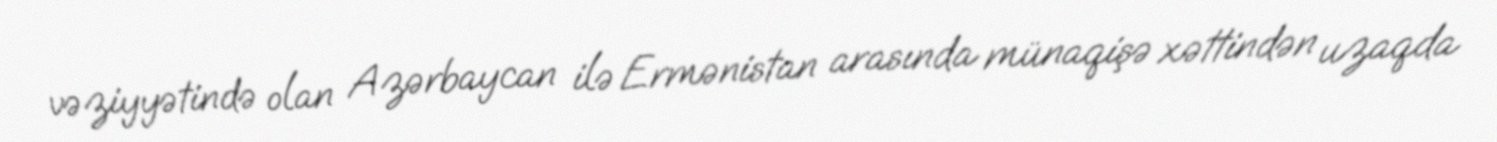
vəziyyətində olan Azərbaycan ilə Ermənistan arasında münaqişə xəttindən uzaqda